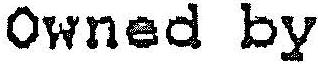
OWNED BY